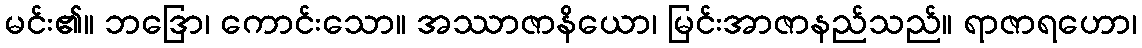
မင်း၏။ ဘဒြော၊ ကောင်းသော။ အဿာဇာနိယော၊ မြင်းအာဇာနည်သည်။ ရာဇာရဟော၊